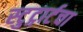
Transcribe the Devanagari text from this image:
स्टुट्गार्टचा